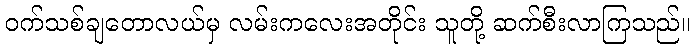
ဝက်သစ်ချတောလယ်မှ လမ်းကလေးအတိုင်း သူတို့ ဆက်စီးလာကြသည်။